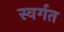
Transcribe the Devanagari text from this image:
स्वर्गत